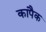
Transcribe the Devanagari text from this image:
कापैक